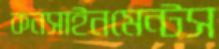
কনসাইনমেন্টস